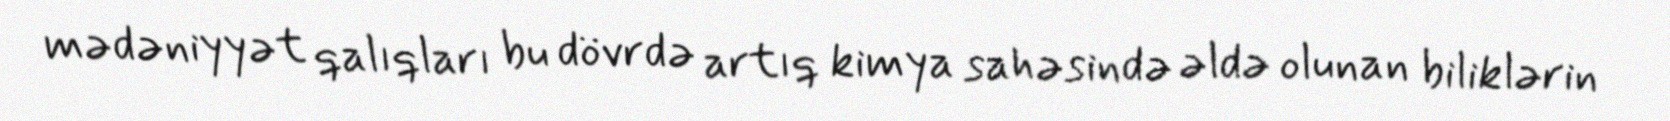
mədəniyyət qalıqları bu dövrdə artıq kimya sahəsində əldə olunan biliklərin